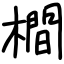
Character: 橺